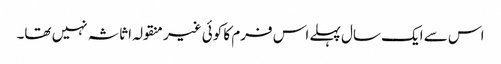
اس سے ایک سال پہلے اس فرم کا کوئی غیر منقولہ اثاثہ نہیں تھا۔